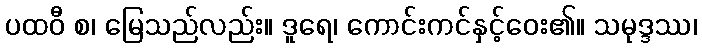
ပထဝီ စ၊ မြေသည်လည်း။ ဒူရေ၊ ကောင်းကင်နှင့်ဝေး၏။ သမုဒ္ဒဿ၊